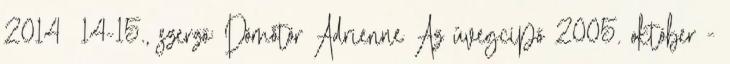
2014 14-15., szerző: Dömötör Adrienne Az üvegcipő 2005. október -